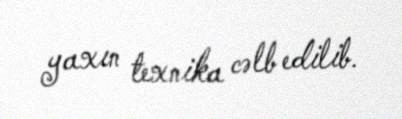
yaxın texnika cəlb edilib.